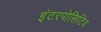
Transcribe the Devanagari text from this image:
इंटरपोसिटिव